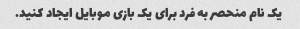
یک نام منحصر به فرد برای یک بازی موبایل ایجاد کنید.